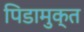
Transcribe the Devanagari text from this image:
पिडामुक्त